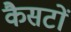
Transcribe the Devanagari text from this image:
कैसटों